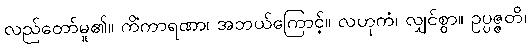
လည်တော်မူ၏။ ကိံကာရဏာ၊ အဘယ်ကြောင့်။ လဟုကံ၊ လျှင်စွာ။ ဥပ္ပဇ္ဇတိ၊